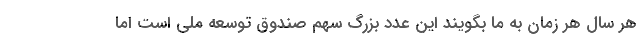
هر سال هر زمان به ما بگویند این عدد بزرگ سهم صندوق توسعه ملی است اما